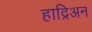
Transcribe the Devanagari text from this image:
हाद्रिअन